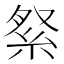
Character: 𮈏